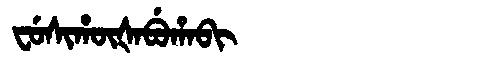
Manchu: ᠸᡠᠰᡳᡥᡡᡧᠠᠪᡠᡥᠠᠪᡳ
Romanization: FUSIHŪŠABUHABI